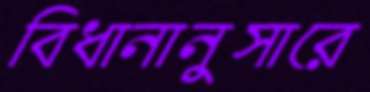
বিধানানুসারে